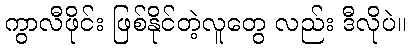
ကွာလီဖိုင်း ဖြစ်နိုင်တဲ့လူတွေ လည်း ဒီလိုပဲ။